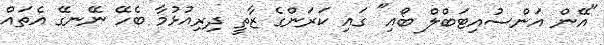
"އޭން އަންސުއިޓަބްލް ބޯއި" ގައި ކަރަންގެ ޒާތީ ދިރިއުޅުމާ ބެހޭ ނޭނގޭ އެތައް